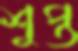
শুপ্ত